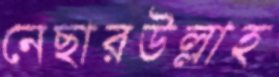
নেছারউল্লাহ